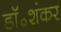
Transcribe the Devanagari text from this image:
डॉ॰शंकर